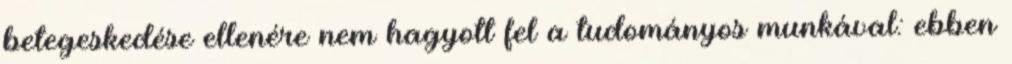
betegeskedése ellenére nem hagyott fel a tudományos munkával: ebben